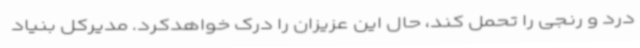
درد و رنجی را تحمل کند، حال این عزیزان را درک خواهدکرد. مدیرکل بنیاد